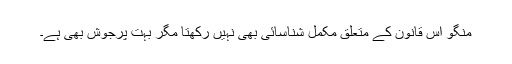
منگو اس قانون کے متعلق مکمل شناسائی بھی نہیں رکھتا مگر بہت پرجوش بھی ہے۔